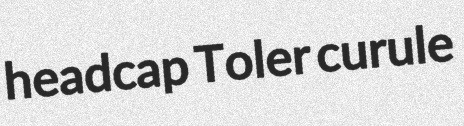
headcap Toler curule